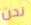
نحن